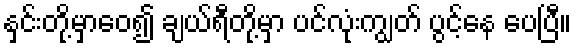
နှင်းတို့မှာဝေ၍ ချယ်ရီတို့မှာ ပင်လုံးကျွတ် ပွင့်နေ ပေပြီ။